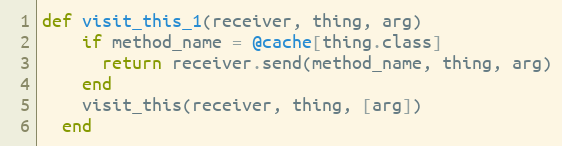
Language: Ruby
def visit_this_1(receiver, thing, arg)
    if method_name = @cache[thing.class]
      return receiver.send(method_name, thing, arg)
    end
    visit_this(receiver, thing, [arg])
  end